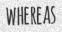
WHEREAS